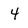
Character: 4